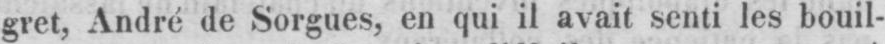
gret, André de Sorgues, en qui il avait senti les bouil-